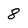
Character: 8